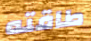
طاقته